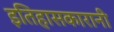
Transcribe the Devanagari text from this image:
इतिहासकारानी